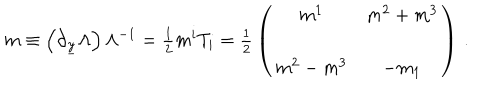
m \equiv \left( \partial _ { \underline { { { y } } } } \Lambda \right) \Lambda ^ { - 1 } = { \textstyle \frac { 1 } { 2 } } m ^ { i } T _ { i } = { \textstyle \frac { 1 } { 2 } } \left( \begin{array} { c c } { { m ^ { 1 } } } & { { m ^ { 2 } + m ^ { 3 } } } \\ { { } } & { { } } \\ { { m ^ { 2 } - m ^ { 3 } } } & { { - m _ { 1 } } } \\ \end{array} \right) \, .